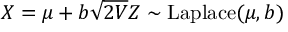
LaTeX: X = \mu + b { \sqrt { 2 V } } Z \sim \mathrm { L a p l a c e } ( \mu , b )